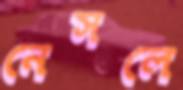
নেসলে